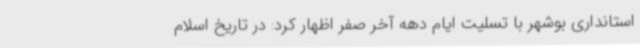
استانداری بوشهر با تسلیت ایام دهه آخر صفر اظهار کرد: در تاریخ اسلام